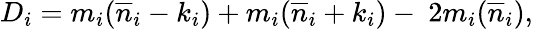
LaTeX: D_{i}=m_{i}({\overline{{n}}}_{i}-k_{i})+m_{i}({\overline{{n}}}_{i}+k_{i})-\ 2m_{i}({\overline{{n}}}_{i}),